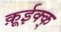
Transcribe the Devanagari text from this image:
क़ूईक्क्